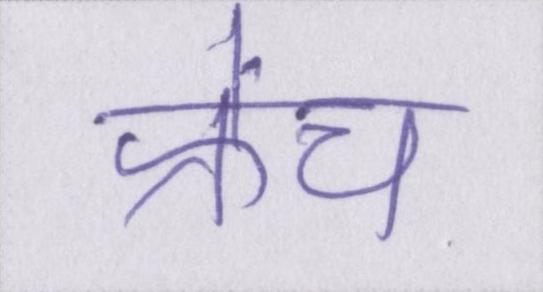
फ्रेंच